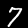
Digit: 7